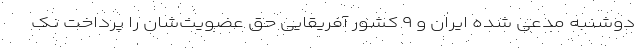
دوشنبه مدعی شده ایران و ۹ کشور آفریقایی حق عضویت‌شان را پرداخت نک